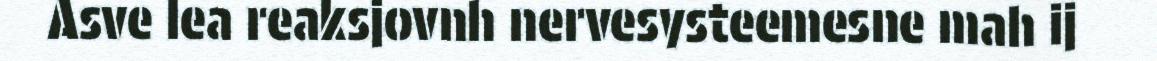
Asve lea reaksjovnh nervesysteemesne mah ij